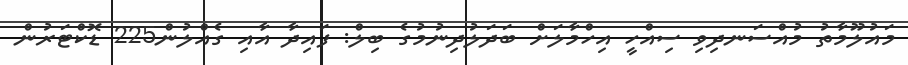
މައުލޫމާތު މުއްސަނދިވި ސިއްހީ އިހްމާލަށް ބަދަލުދިނުމުގެ ބިލް: ފައިދާ އާއި ގެއްލުން225 ޑޮކްޓަރުން